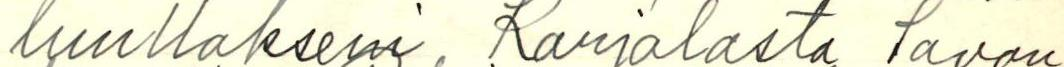
luullakseni Karjalasta Savon